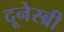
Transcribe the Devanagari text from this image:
दूनेस्ब्री